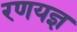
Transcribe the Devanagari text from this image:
रणयज्ञ